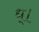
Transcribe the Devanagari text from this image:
ध्।